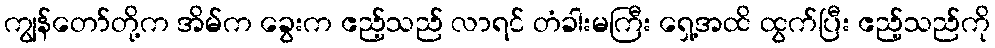
ကျွန်တော်တို့က အိမ်က ခွေးက ဧည့်သည် လာရင် တံခါးမကြီး ရှေ့အထိ ထွက်ပြီး ဧည့်သည်ကို